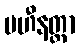
ပဟီနတ္တာ